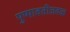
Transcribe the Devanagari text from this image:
पुष्पावतीजवळ